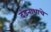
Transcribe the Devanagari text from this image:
दंडनाथाचे